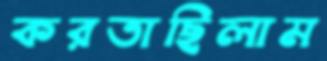
করতাছিলাম